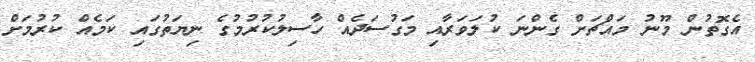
އެގޮތުން މޫނު މައްޗަށް ގެންނަ ކުލަވަރާއި މަގުސަދެއް ހާސިލުކުރުމުގެ ނިޔަތުގައި ކަމެއް ކުރުމަށް